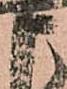
申